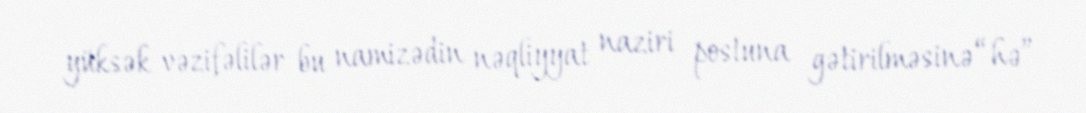
yüksək vəzifəlilər bu namizədin nəqliyyat naziri postuna gətirilməsinə “hə”